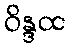
ဝိန္ဒထ